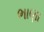
ભાણા